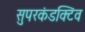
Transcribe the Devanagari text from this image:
सुपरकंडक्टिव